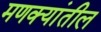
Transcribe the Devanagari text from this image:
मणक्यांतील